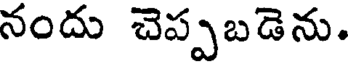
నందు చెప్పబడెను.